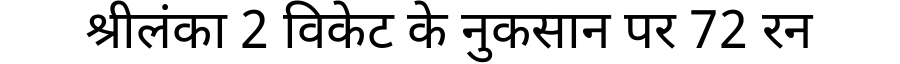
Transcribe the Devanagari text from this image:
श्रीलंका 2 विकेट के नुकसान पर 72 रन